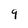
Character: 9